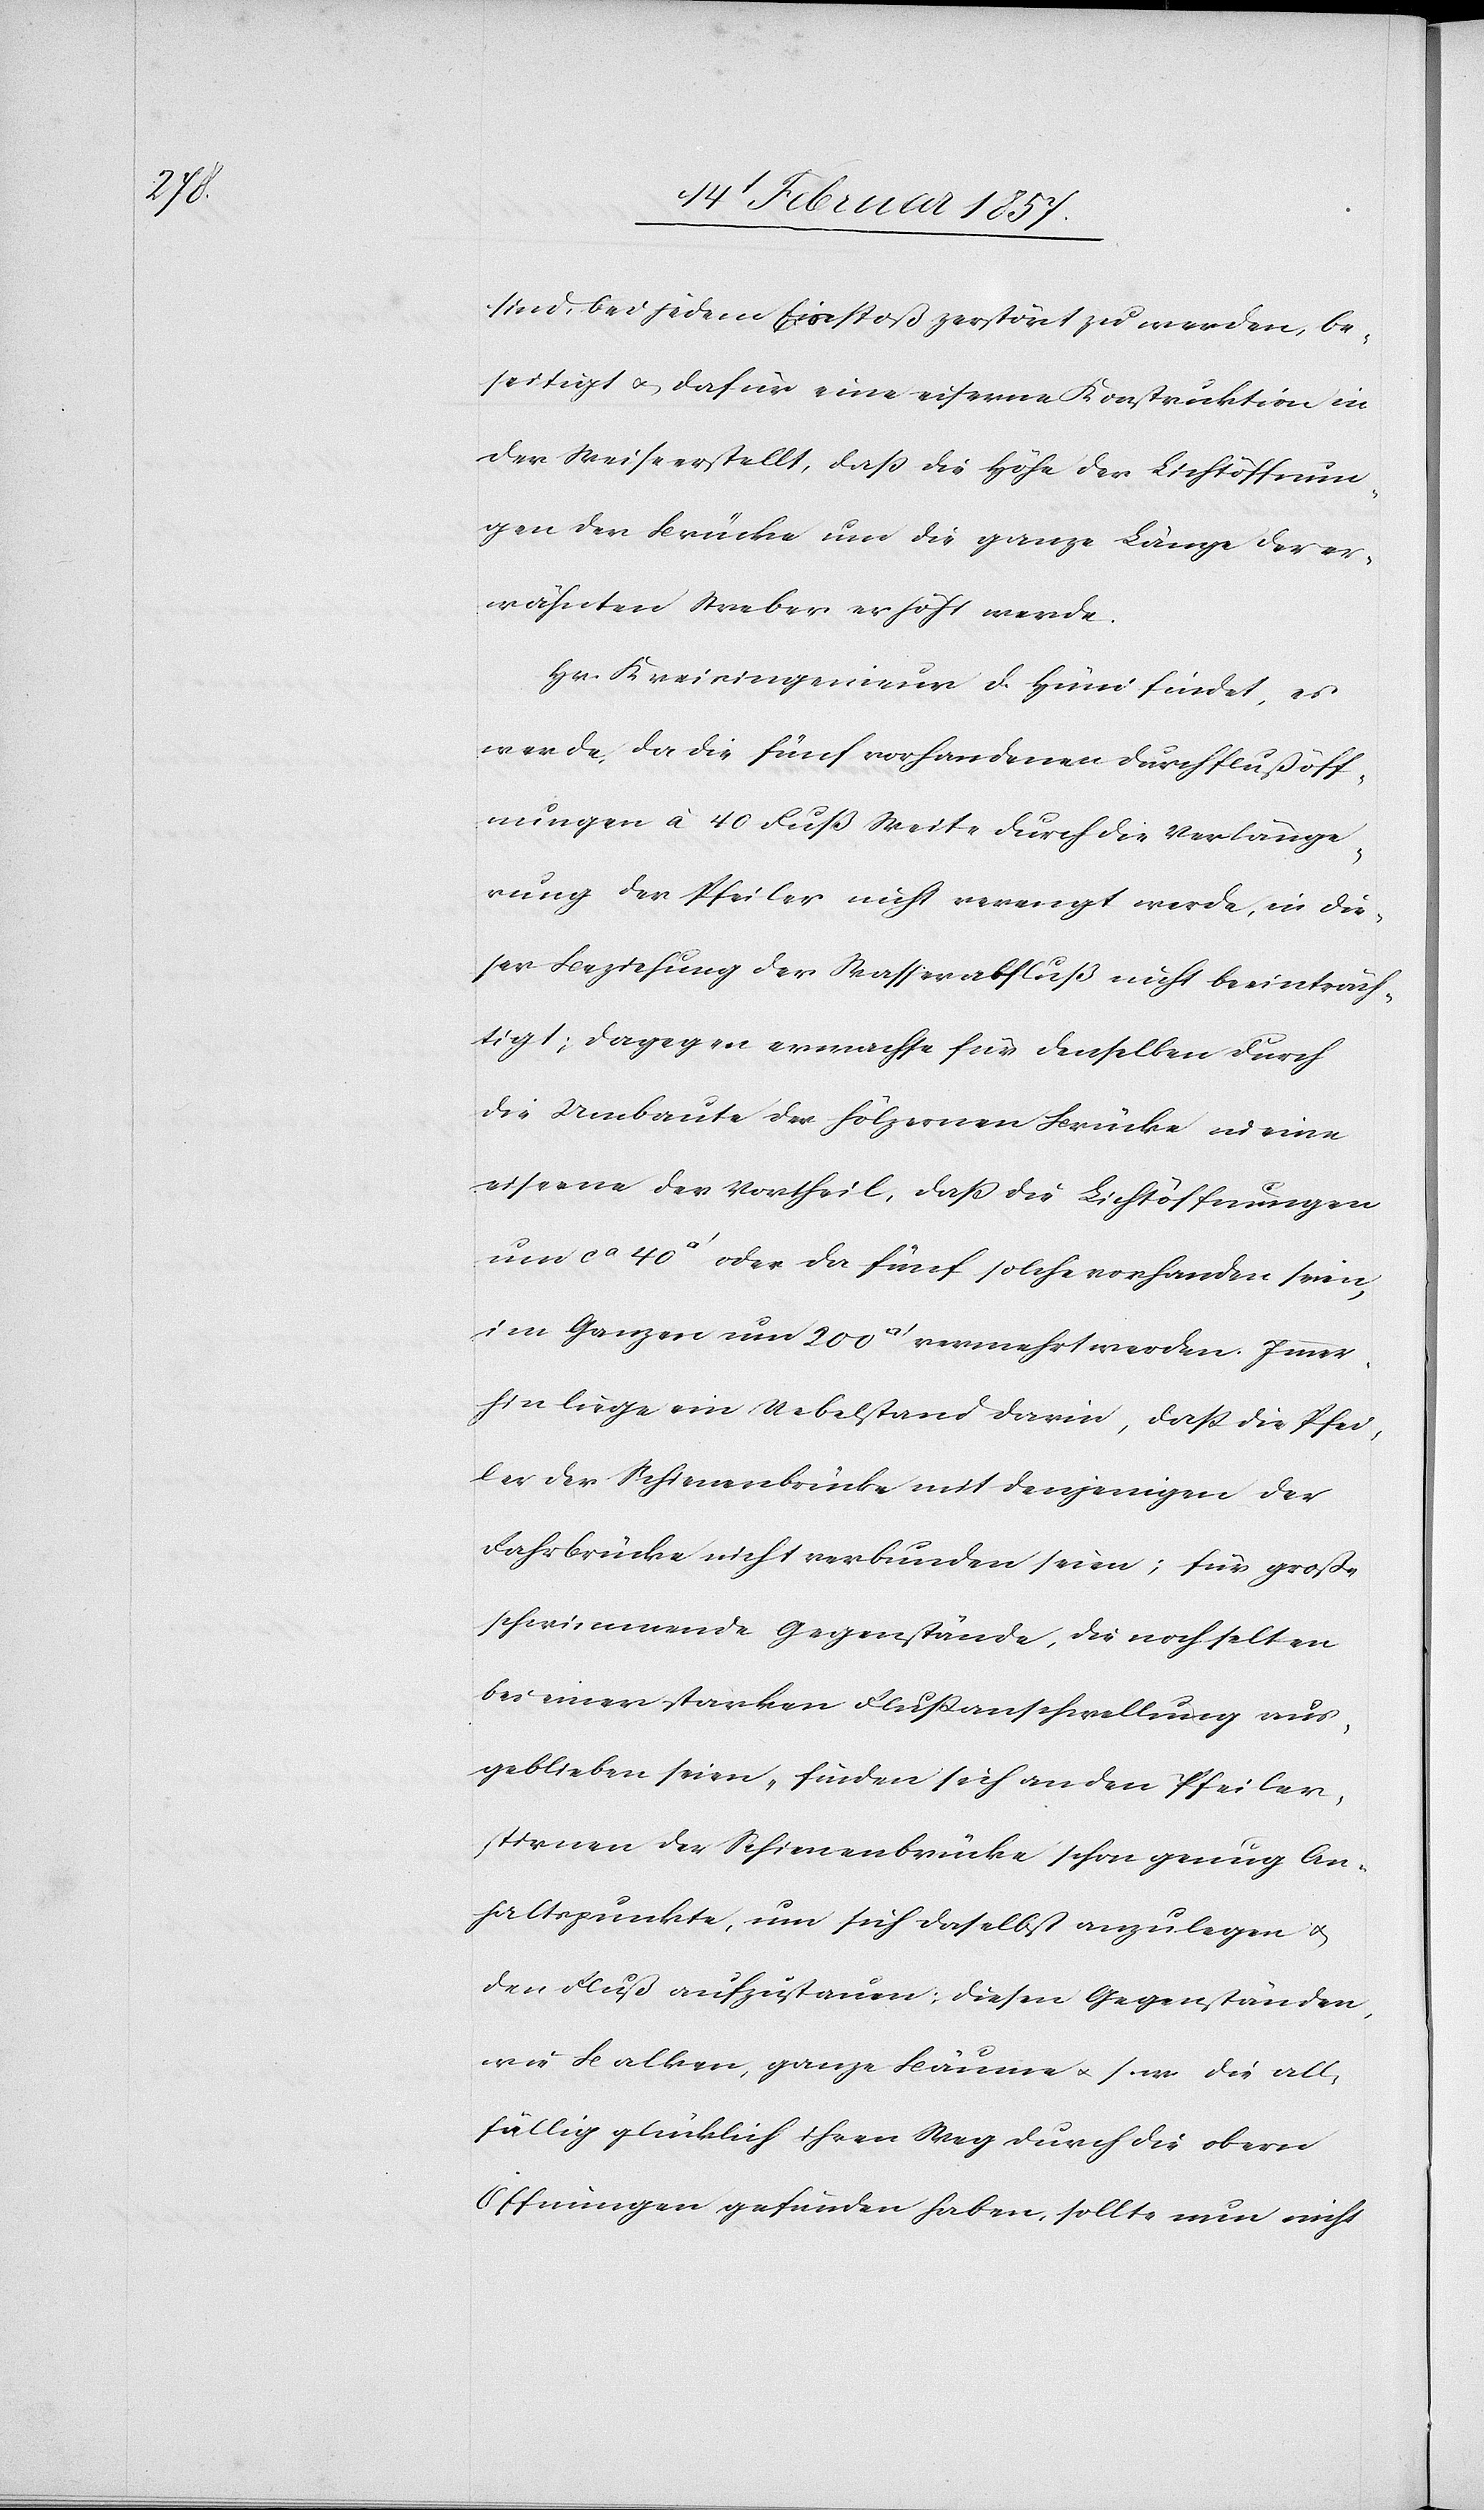
sind, bei jedem Einstoß zerstört zu werden, be¬
seitigt u. dafür eine eiserne Konstruktion in
der Weise erstellt, daß die Höhr der Lichtöffnun¬
gen der Brücke um die ganze Länge der er¬
wähnten Streben erhöht werde.
Hr. Kreisingenieur D. Hüni findet, es
werde, da die fünf vorhandenen Durchflußöff¬
nungen à 40 Fuß Weite durch die Verlänge¬
rung der Pfeiler nicht verengt werde, in die¬
ser Beziehung der Wasserabfluß nicht beeinträch¬
tigt; dagegen erwachse für denselben durch
die Umbaute der hölzernen Brücke in eine
eiserne der Vortheil, daß die Lichtöffnungen
40 [Quadratfuss] oder da fünf solche vorhanden seien,
im Ganzen um 200 [Quadratfuss] vermehrt werden. Immer¬
hin liege ein Uebelstand darin, daß die Pfei¬
ler der Schienenbrücke mit denjenigen der
Fahrbrücke nicht verbunden seien; für große
schwimmende Gegenstände, die noch selten
bei einer starken Flußanschwellung aus¬
geblieben seien, finden sich an den Pfeiler¬
stirnen der Schienenbrücke schon genug An¬
haltspunkte, um sich daselbst anzulegen u.
den Fluß aufzustauen. Diesen Gegenständen,
wie Balken, ganze Bäume u. s. w. die all¬
fällig glücklich ihren Weg durch die obern
Öffnungen gefunden haben, sollte nun nicht